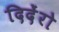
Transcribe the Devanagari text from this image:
दिदेंरो